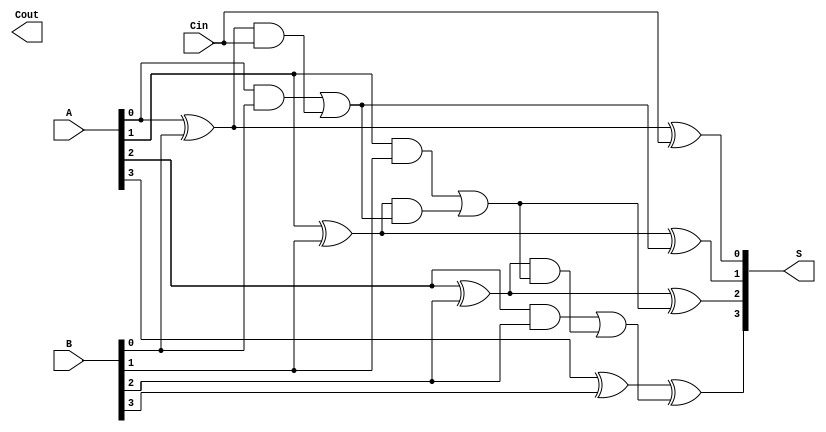
module VLCLA #(parameter N = 4) (
    input wire [N-1:0] A,
    input wire [N-1:0] B,
    input wire Cin,
    output wire [N-1:0] S,
    output wire Cout
);
    // Generate and propagate signals
    wire [N-1:0] G; // Generate
    wire [N-1:0] P; // Propagate
    generate
        genvar i;
        for (i = 0; i < N; i = i + 1) begin : generate_prop
            assign G[i] = A[i] & B[i]; // Generate
            assign P[i] = A[i] ^ B[i]; // Propagate
        end
    endgenerate

    // Carry signals
    wire [N:0] C; // Carry signals
    assign C[0] = Cin; // C0 = Cin

    // Carry lookahead logic 
    generate
        for (i = 0; i < N; i = i + 1) begin : carry_logic
            if (i > 0) begin
                assign C[i] = G[i-1] | (P[i-1] & C[i-1]);
            end
        end
    endgenerate

    // Sum calculation
    generate
        for (i = 0; i < N; i = i + 1) begin : sum_logic
            assign S[i] = P[i] ^ C[i]; // Sum
        end
    endgenerate

    // Carry-out
    assign Cout = C[N];

    // Variable latency control logic can be added here
    // Example: You may implement a control logic to select among carry bits
    // based on certain conditions or patterns in A and B.

endmodule